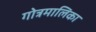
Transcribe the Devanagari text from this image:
गोत्रमालिका